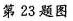
第23题图